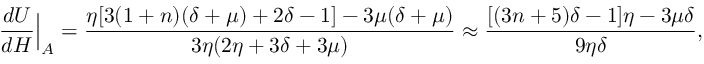
\frac { d U } { d H } \Big | _ { A } = \frac { \eta [ 3 ( 1 + n ) ( \delta + \mu ) + 2 \delta - 1 ] - 3 \mu ( \delta + \mu ) } { 3 \eta ( 2 \eta + 3 \delta + 3 \mu ) } \approx \frac { [ ( 3 n + 5 ) \delta - 1 ] \eta - 3 \mu \delta } { 9 \eta \delta } ,